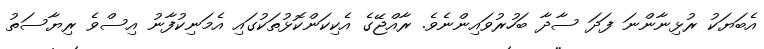
އެބަޔަކު ރުޅިނާންނަ ފަދަ ސާދާ ބަހުރުވައިންނެވެ. ރާއްޖޭގެ އެކިކަންކޮޅުތަކުގައި އެމަނިކުފާނު އިސްވެ ރިޔާސަތު